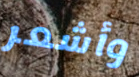
وأشعر